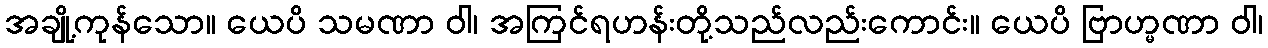
အချို့ကုန်သော။ ယေပိ သမဏာ ဝါ၊ အကြင်ရဟန်းတို့သည်လည်းကောင်း။ ယေပိ ဗြာဟ္မဏာ ဝါ၊